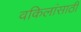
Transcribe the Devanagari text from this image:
वकिलांसाठी